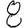
Digit: 8